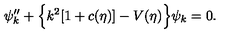
\psi _ { k } ^ { \prime \prime } + \Bigl \{ k ^ { 2 } [ 1 + c ( \eta ) ] - V ( \eta ) \Bigr \} \psi _ { k } = 0 .